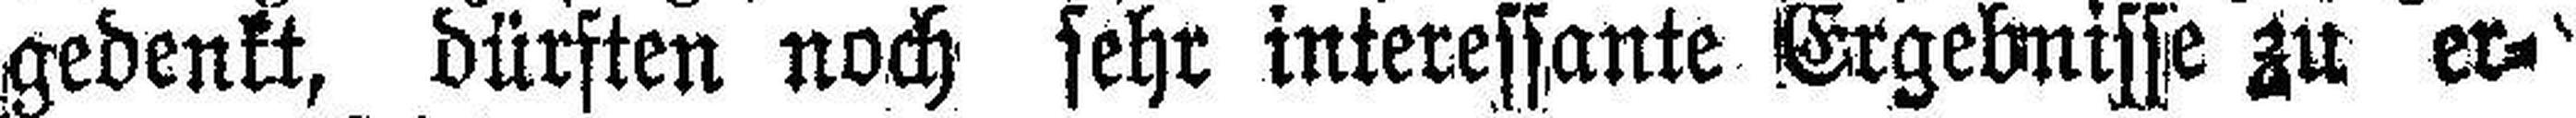
gedenkt, dürften noch sehr interessante Ergebnisse zu er¬